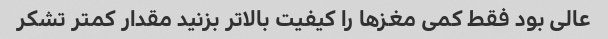
عالی بود فقط کمی مغز‌ها را کیفیت بالاتر بزنید مقدار کمتر تشکر